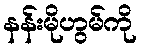
နန်းမိုဟွမ်ကို